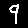
Digit: 9